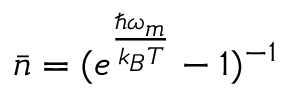
\bar { n } = ( e ^ { \frac { \hbar \omega _ { m } } { k _ { B } T } } - 1 ) ^ { - 1 }